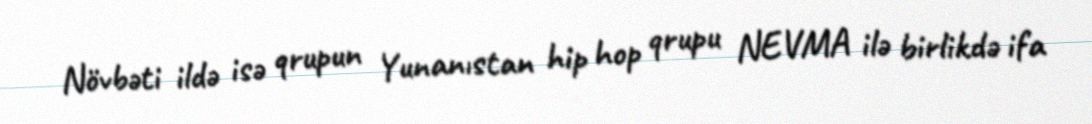
Növbəti ildə isə qrupun Yunanıstan hip hop qrupu NEVMA ilə birlikdə ifa